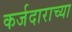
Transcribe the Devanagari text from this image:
कर्जदाराच्या